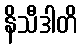
နိသီဒါတိ